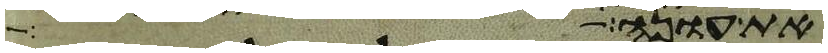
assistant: את עונה